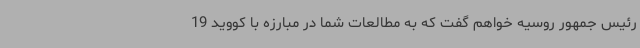
رئیس جمهور روسیه خواهم گفت که به مطالعات شما در مبارزه با کووید 19